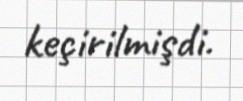
keçirilmişdi.